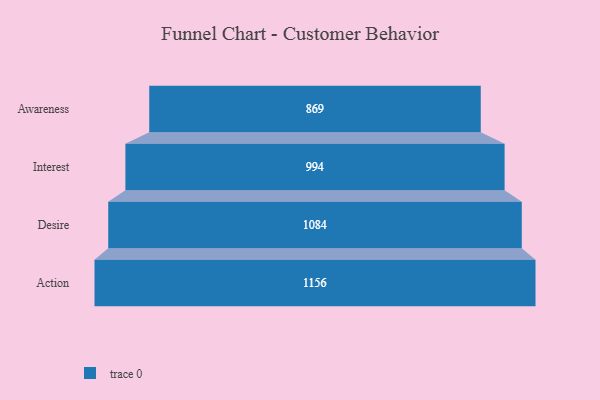
{"axis": {"x": "Stage", "y": "Value"}, "legend": [""], "data": [{"x": "Awareness", "y": 869.0, "type": ""}, {"x": "Interest", "y": 994.0, "type": ""}, {"x": "Desire", "y": 1084.0, "type": ""}, {"x": "Action", "y": 1156.0, "type": ""}]}